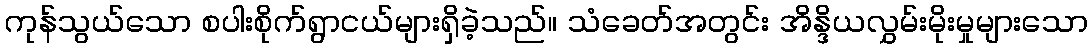
ကုန်သွယ်သော စပါးစိုက်ရွာငယ်များရှိခဲ့သည်။ သံခေတ်အတွင်း အိန္ဒိယလွှမ်းမိုးမှုများသော